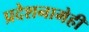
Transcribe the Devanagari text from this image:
प्रदेशनामेही